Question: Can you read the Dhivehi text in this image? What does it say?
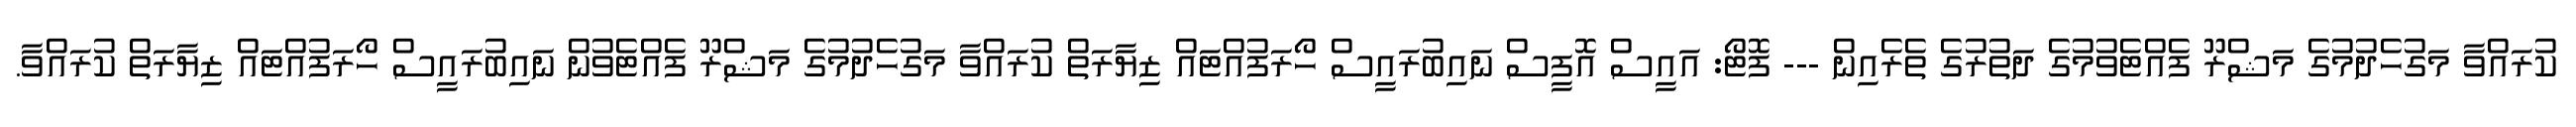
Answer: ކުރައްވާ މަގުހެދުމުގެ މަޝްރޫ ފެއްޓެވުމުގެ ދަތުރުގެ ތެރެއިން --- ފޮޓޯ: އައީސް އޮފީސް ނައިބުރައީސް ހޯރަފުއްޓައް ޒިޔާރަތް ކުރައްވާ މަގުހެދުމުގެ މަޝްރޫ ފެއްޓެވުން ނައިބުރައީސް ހޯރަފުއްޓައް ޒިޔާރަތް ކުރައްވާ.